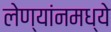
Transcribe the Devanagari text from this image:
लेण्यांनमध्ये